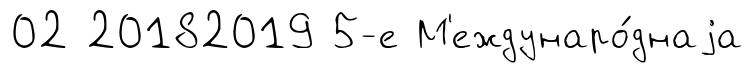
02 20182019 5-е М'еждунаро́днаjа